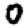
Digit: 0